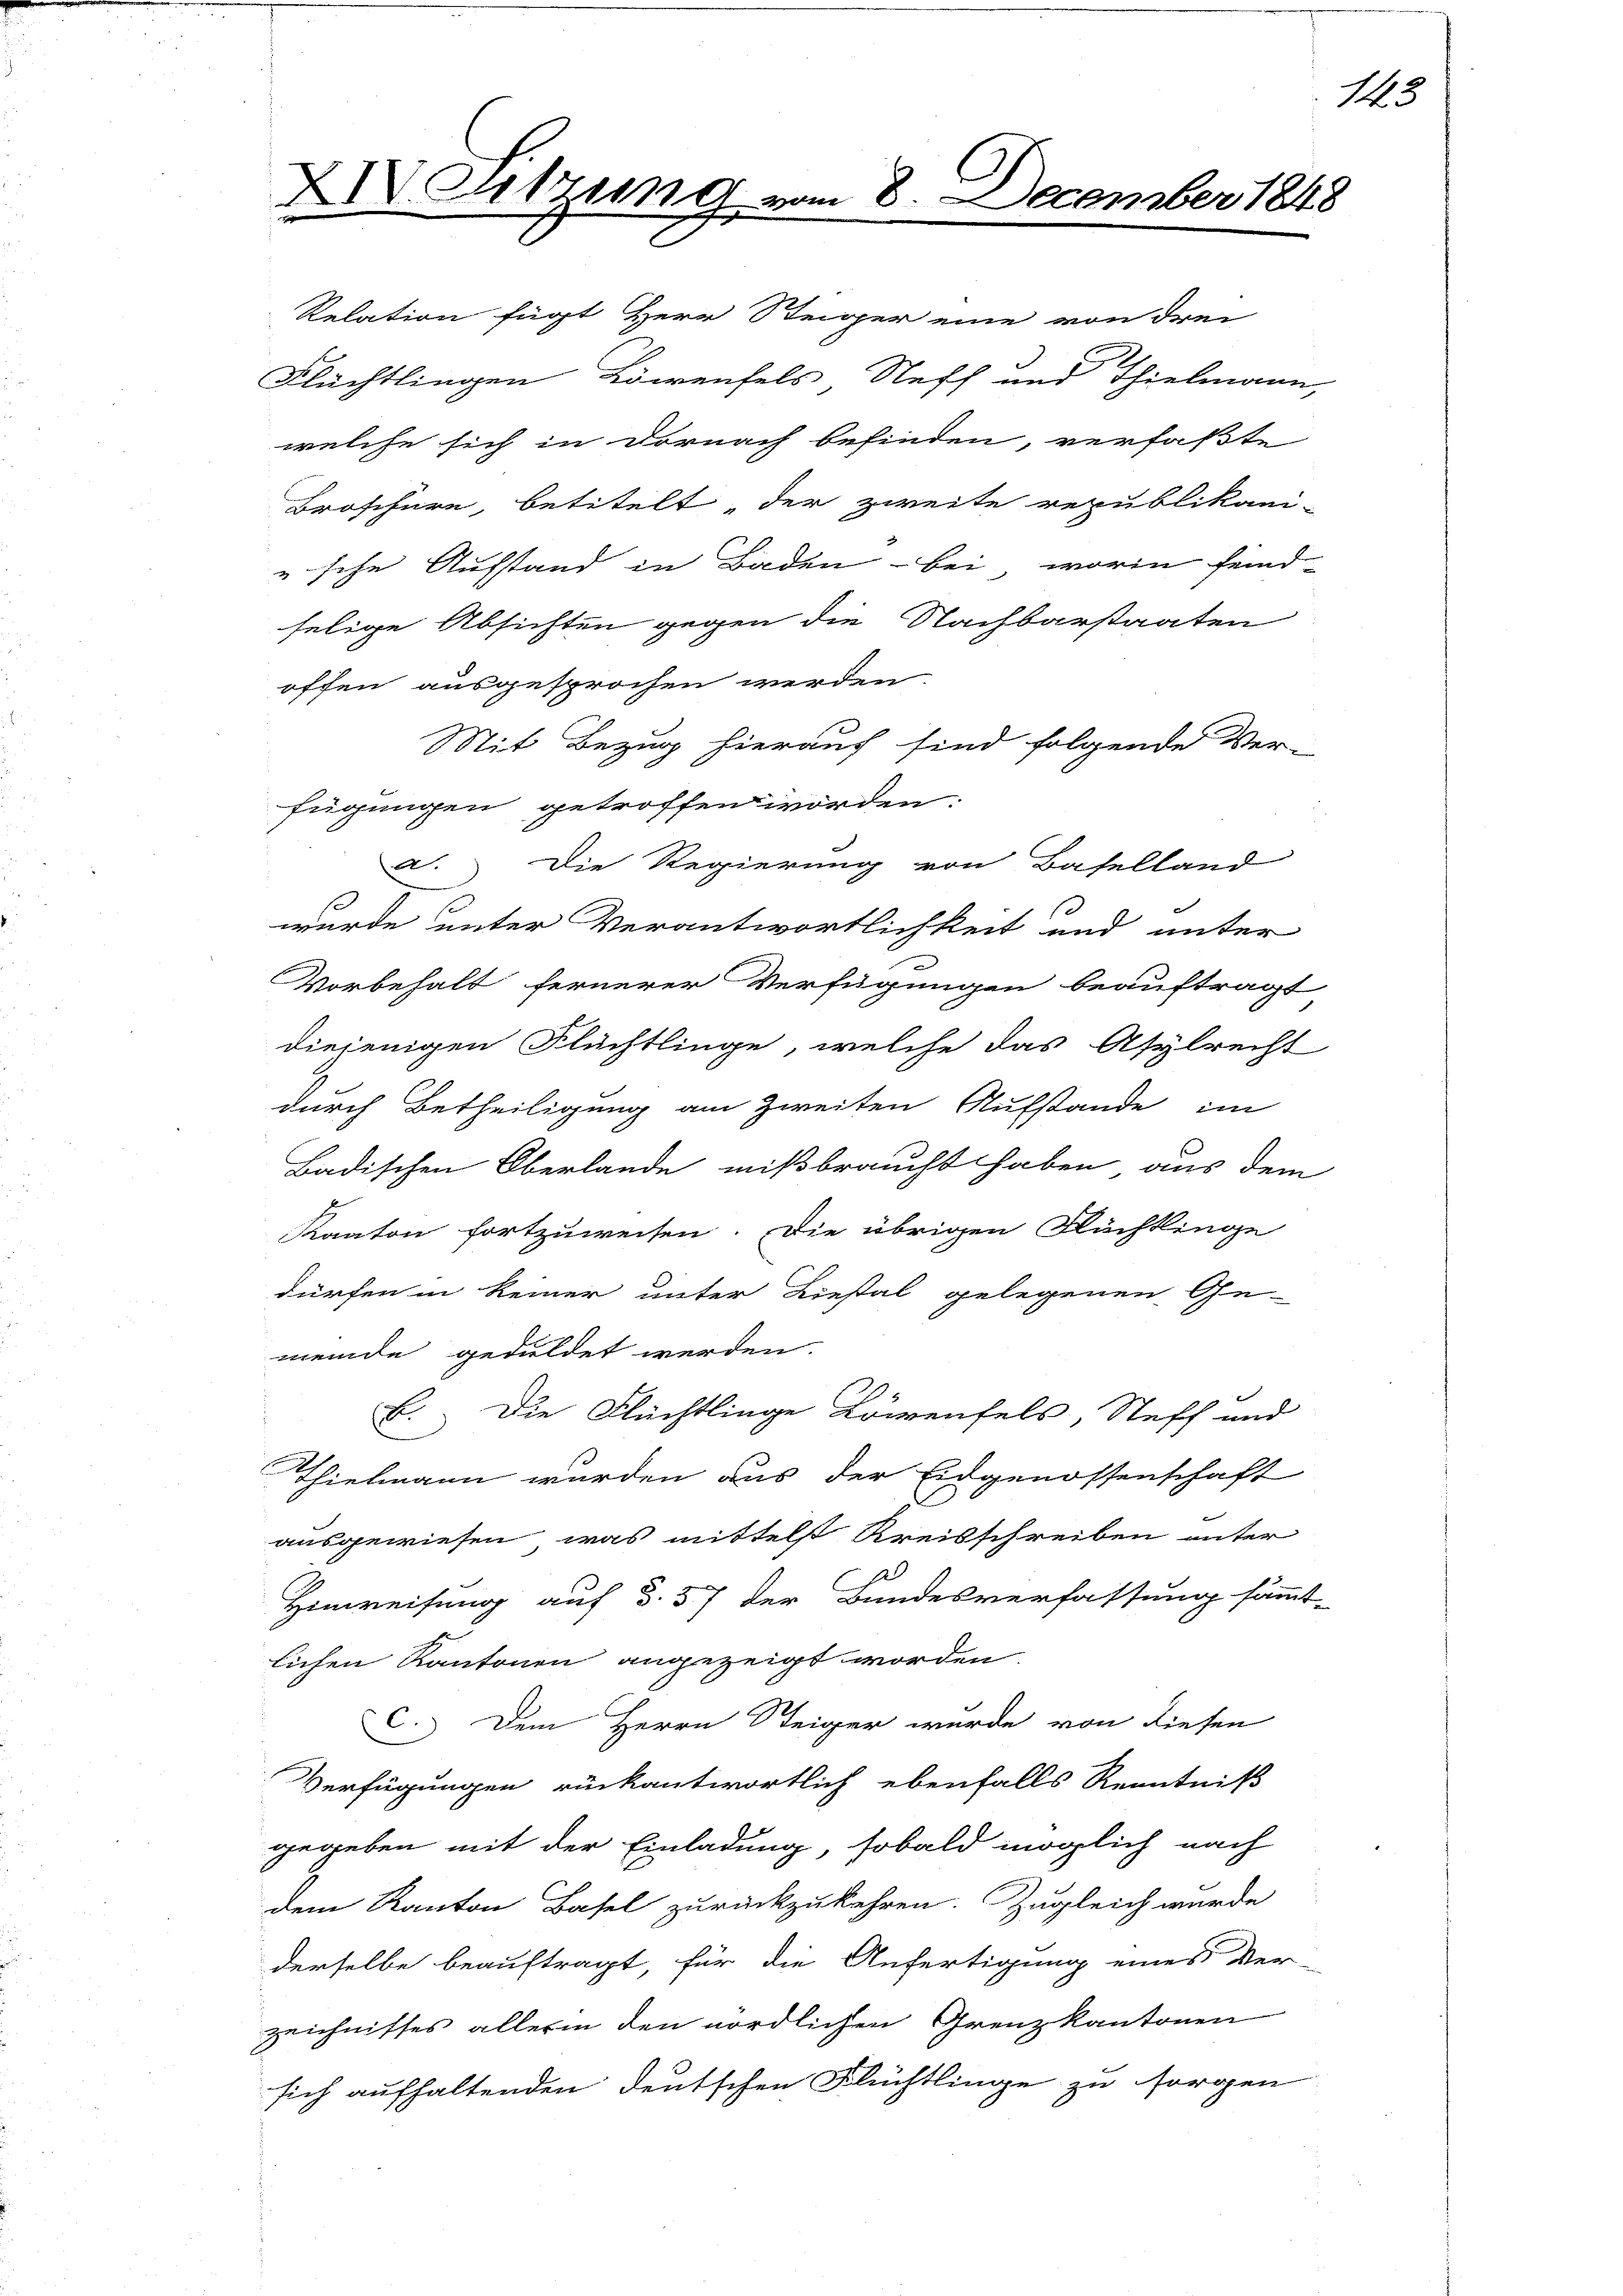
XIV. Sitzung.

n 8. December 1848

15

Relation fügt Herr Steiger eine von drei
Flüchtlingen Löwenfels Steff und Thielmann,
welche sich in darnach befinden, verfaßte
Broschüre, betitelt, der zweite republikani-
u sehe Aufstand in Baden - bei, worin feind-
selige Absichten gegen die Nachbarstaaten
offen ausgesprochen werden.
Mit Bezug hierauf sind folgende Ver-
fügungen getroffen worden:
C. Die Regierung von Baselland
wurde unter Verantwortlichkeit und unter
Vorbehalt fernerer Verfügungen beauftragt
diejenigen Flüchtlinge, welche das Asylrecht
durch Betheiligung am Zweiten Aufstande im
Badischen Oberlande mißbraucht haben, aus dem
Kanton fortzuweisen. Die übrigen Flüchtlinge
dürfen in keiner unter Liestal gelegenen Ge-
meinde geduldet werden.
B. Die Flüchtlinge Löwenfels, Steff und
Thielmann wurden aus der Eidgenossenschaft
ausgewiesen, was mittelst Kreisschreiben unter
Hinweisung auf §. 57 der Bundesverfassung sämmt-
lichen Kantonen angezeigt worden.
C.) Dem Herrn Steiger wurde von diesen
Verfügungen rückantwortlich ebenfalls Kenntniß
gegeben mit der Einladung, sobald möglich nach
dem Kanton Basel zurückzukehren. Zugleich wurde
derselbe beauftragt, für die Anfertigung eines Ver-
zeichnisses allerin den nördlichen Grenzkantonen
sich aufhaltenden deutschen Flüchtlinge zu sorgen